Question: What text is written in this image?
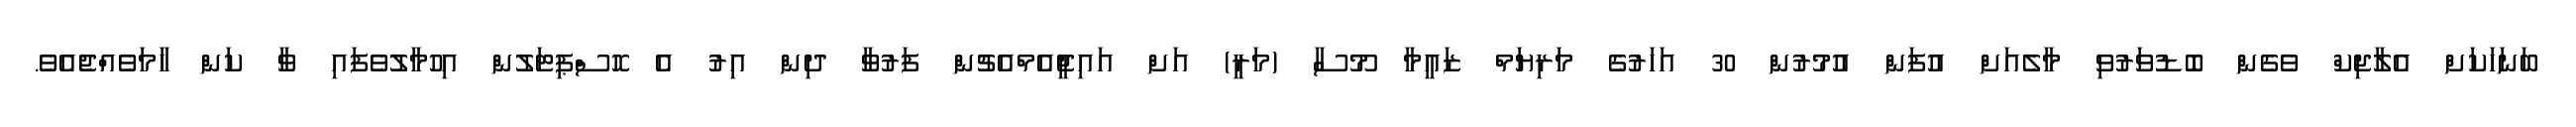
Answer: ބަނަހަކަށް އެލާޖިކް ވެގެން ބޮޑުވަރުވި މާލެއަށް އުފަން އުމުރުން 30 އަހަރުގެ މަރިޔަމް ޒައީމާ މޫސާ (މަރީ) އަށް އައިޖީއެމްއެޗުން ފަރުވާ ދިން އިރު އެ ހޮސްޕިޓަލުން އިހުމާލުވެފައި ވާ ކަން ހާމަވެއްޖެއެވެ.